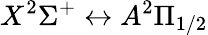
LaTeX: X^{2}\Sigma^{+}\leftrightarrow A^{2}\Pi_{1/2}